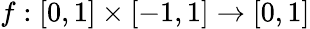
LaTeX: f:[0,1]\times[-1,1]\to[0,1]